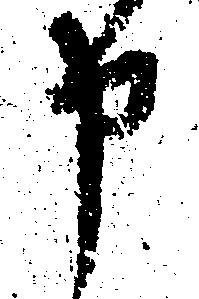
申